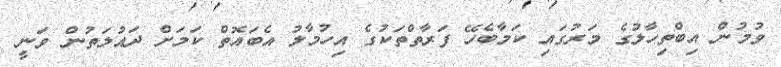
ވުމުން އިބްތިހާލުގެ މަރުގައި ކަމާބެހޭ ފަރާތްތަކުގެ އިހުމާލު އެބައޮތް ކަމަށް ދައުލަތުން ވަނީ